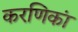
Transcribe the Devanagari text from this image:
करणिकां